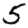
Digit: 5